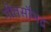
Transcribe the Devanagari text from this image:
गीतसौभद्र